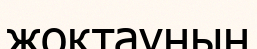
жоқтауның